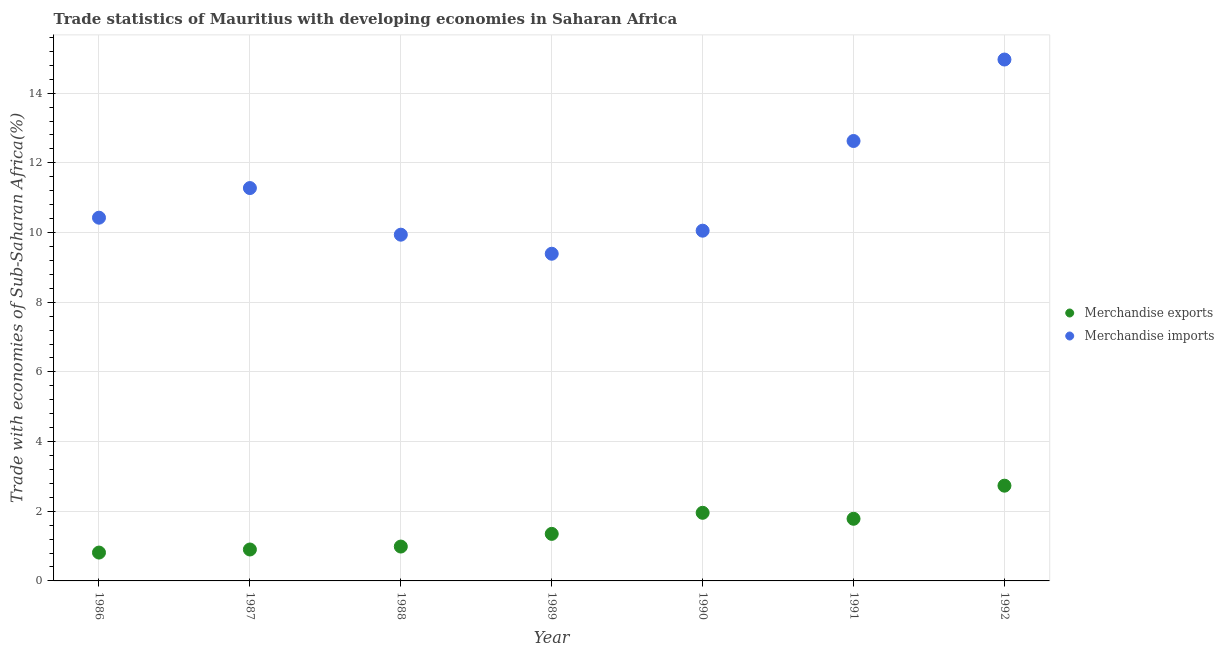
| Year | Merchandise exports | Merchandise imports |
 | --- | --- | --- |
 | 1986 | 0.814 | 10.4 |
 | 1987 | 0.902 | 11.3 |
 | 1988 | 0.986 | 9.94 |
 | 1989 | 1.35 | 9.39 |
 | 1990 | 1.96 | 10.1 |
 | 1991 | 1.78 | 12.6 |
 | 1992 | 2.73 | 15 |